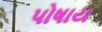
પોષાય